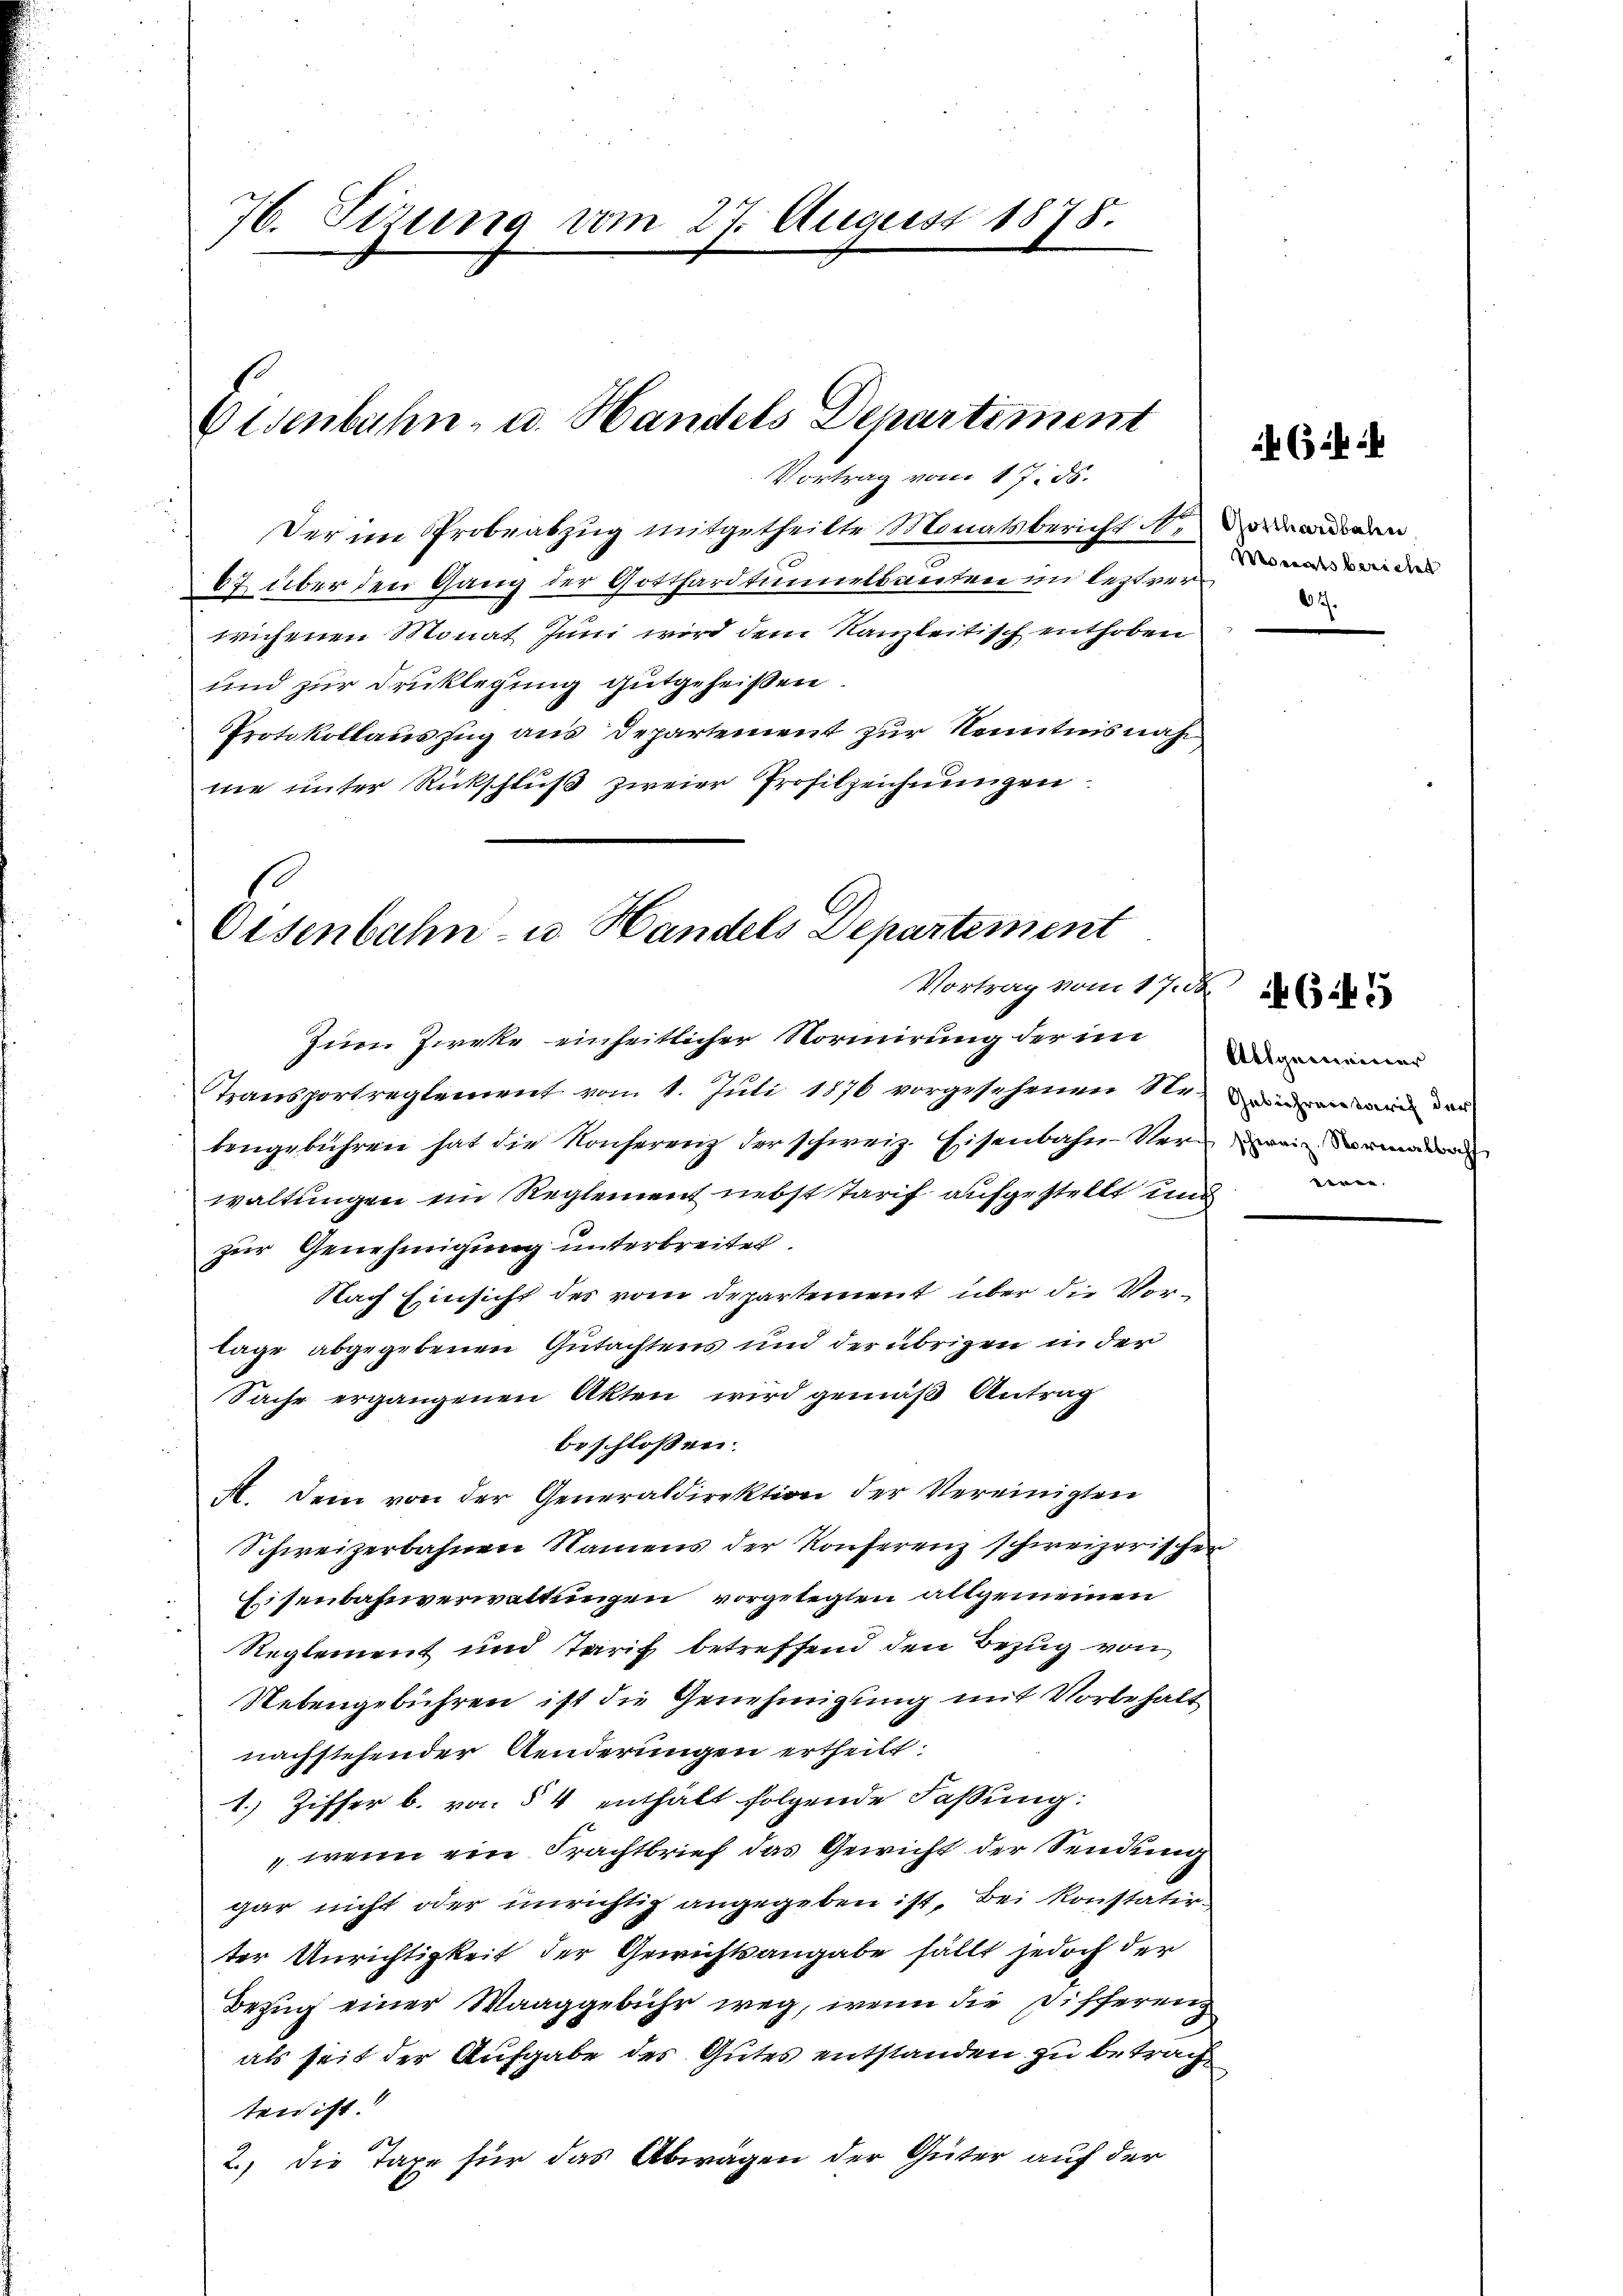
76. Sizung vom 27. August 1878.

Eisenbahn- u. Handels Departement
Vortrag vom 17. 56.

Der im Probeabzug mitgetheilte Monatsbericht andern
27 über den Gang der Gotthardtunnelsweiten im leztverweichenen Monat Juni wird dem Kanzleitisch enthoben
und zur Druklegung gutgeheißen
Protokollauszug aus Departement zur Kenntnis nach
ne unter Rückschluß zweier Profilzeichnungen

Oisenbahn- u. Handels Departement
Vortrag vom 17. d.

Zum Zirke einheitlicher Normirung der im
Stransportreglement vom 1. Juli 1876 vorgesehenen Seinen in de
bengebühren hat die Konferenz der schweiz. Eisenbahn vernein dem
waltungen ein Reglement nebst Tarif aufgestellt und
zur Genehmigung unterbreitet.
Nach Einsicht des vom Departement über die Vorlage abgegebenen Gutachtens und der übrigen in der
Sache ergangenen Akten wird gemäß Antrag
beschloßen:
A. Dein von der Generaldirektion der Vereinigten
Schweizerbahnen Namens der Konferenz schweizerischer
Eisenbahnverwaltungen vorgelegten allgemeinen
Reglement und Tarif betreffend den Bezug von
Nebengebühren ist die Genehmigung mit Vorbehalt
nachstehender Aenderungen ertheilt.
1.) Ziffer b. von § 4 enthält folgende Faßung:
wenn ein Frachtbrief das Gewicht der Sendung
gar nicht oder unrichtig angegeben ist, bei Konstatirter Unrichtigkeit der Gewichtsangabe fällt jedoch der
Bezug einer Waaggebühr weg, wenn die Differenz
als seit der Aufgabe des Gutes entstanden zu betrachten ist.
2.) Die Taxe für das Abwägen der Güter auf der

(ik i

Monatsbericht
01.

Allgemeiner
eren

46:45